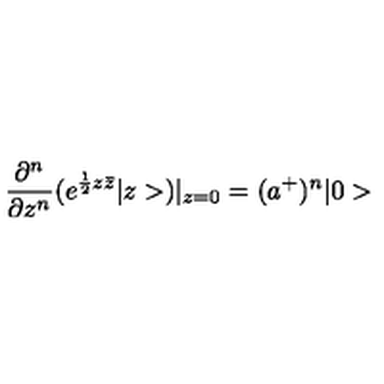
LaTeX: \frac { \partial ^ { n } } { \partial z ^ { n } } ( e ^ { \frac { 1 } { 2 } z \bar { z } } | z > ) | _ { z = 0 } = ( a ^ { + } ) ^ { n } | 0 >